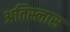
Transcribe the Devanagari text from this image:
अतिस्लास